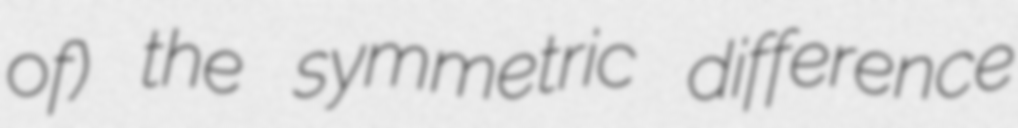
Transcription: of) the symmetric difference